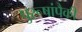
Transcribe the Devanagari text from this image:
पुरूषांपैकी